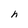
Character: h